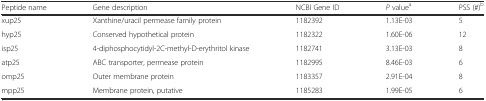
<table><thead><tr><td><b>Peptide name</b></td><td><b>Gene description</b></td><td><b>NCBI Gene ID</b></td><td><b><i>P</i> value<sup>a</sup></b></td><td><b>PSS (#)<sup>b</sup></b></td></tr></thead><tbody><tr><td>xup25</td><td>Xanthine/uracil permease family protein</td><td>1182392</td><td>1.13E-03</td><td>5</td></tr><tr><td>hyp25</td><td>Conserved hypothetical protein</td><td>1182322</td><td>1.60E-06</td><td>12</td></tr><tr><td>isp25</td><td>4-diphosphocytidyl-2C-methyl-D-erythritol kinase</td><td>1182741</td><td>3.13E-03</td><td>8</td></tr><tr><td>atp25</td><td>ABC transporter, permease protein</td><td>1182995</td><td>8.46E-03</td><td>6</td></tr><tr><td>omp25</td><td>Outer membrane protein</td><td>1183357</td><td>2.91E-04</td><td>8</td></tr><tr><td>mpp25</td><td>Membrane protein, putative</td><td>1185283</td><td>1.99E-05</td><td>6</td></tr></tbody></table>